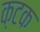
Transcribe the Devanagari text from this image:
क़टक